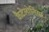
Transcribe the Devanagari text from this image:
कैटेलोनिया